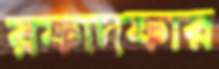
রফাদফার